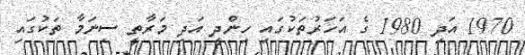
1970 އަދި 1980 ގެ އަހަރުތަކުގައި ހިންދީ އަދި މަރާތީ ސިނަމާ ތަކުގައި